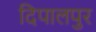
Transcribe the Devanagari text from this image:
दिपालपुर